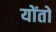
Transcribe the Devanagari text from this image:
योंतो